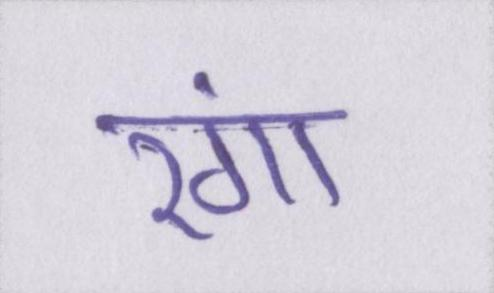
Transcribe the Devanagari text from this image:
रंगा